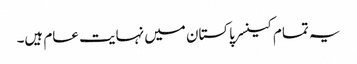
یہ تمام کینسر پاکستان میں نہایت عام ہیں۔